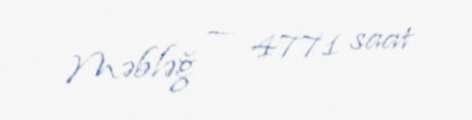
Məbləğ — 4771 saat